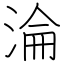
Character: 淪